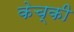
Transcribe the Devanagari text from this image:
केच्की